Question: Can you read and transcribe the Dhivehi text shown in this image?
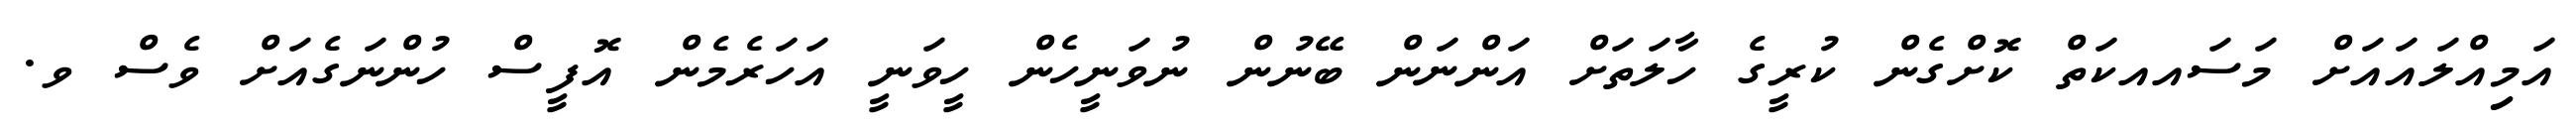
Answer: އަމިއްލައައަށް މަސައއކަތް ކޮށްގެން ކުރީގެ ހާލަތަށް އަންނަން ބޭނުން ނުވަނީހެން ހީވަނީ އަހަރެމެން އޮފީސް ހުންނަގެއަށް ވެސް ވ.